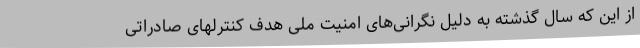
از این که سال گذشته به دلیل نگرانی‌های امنیت ملی هدف کنترلهای صادراتی